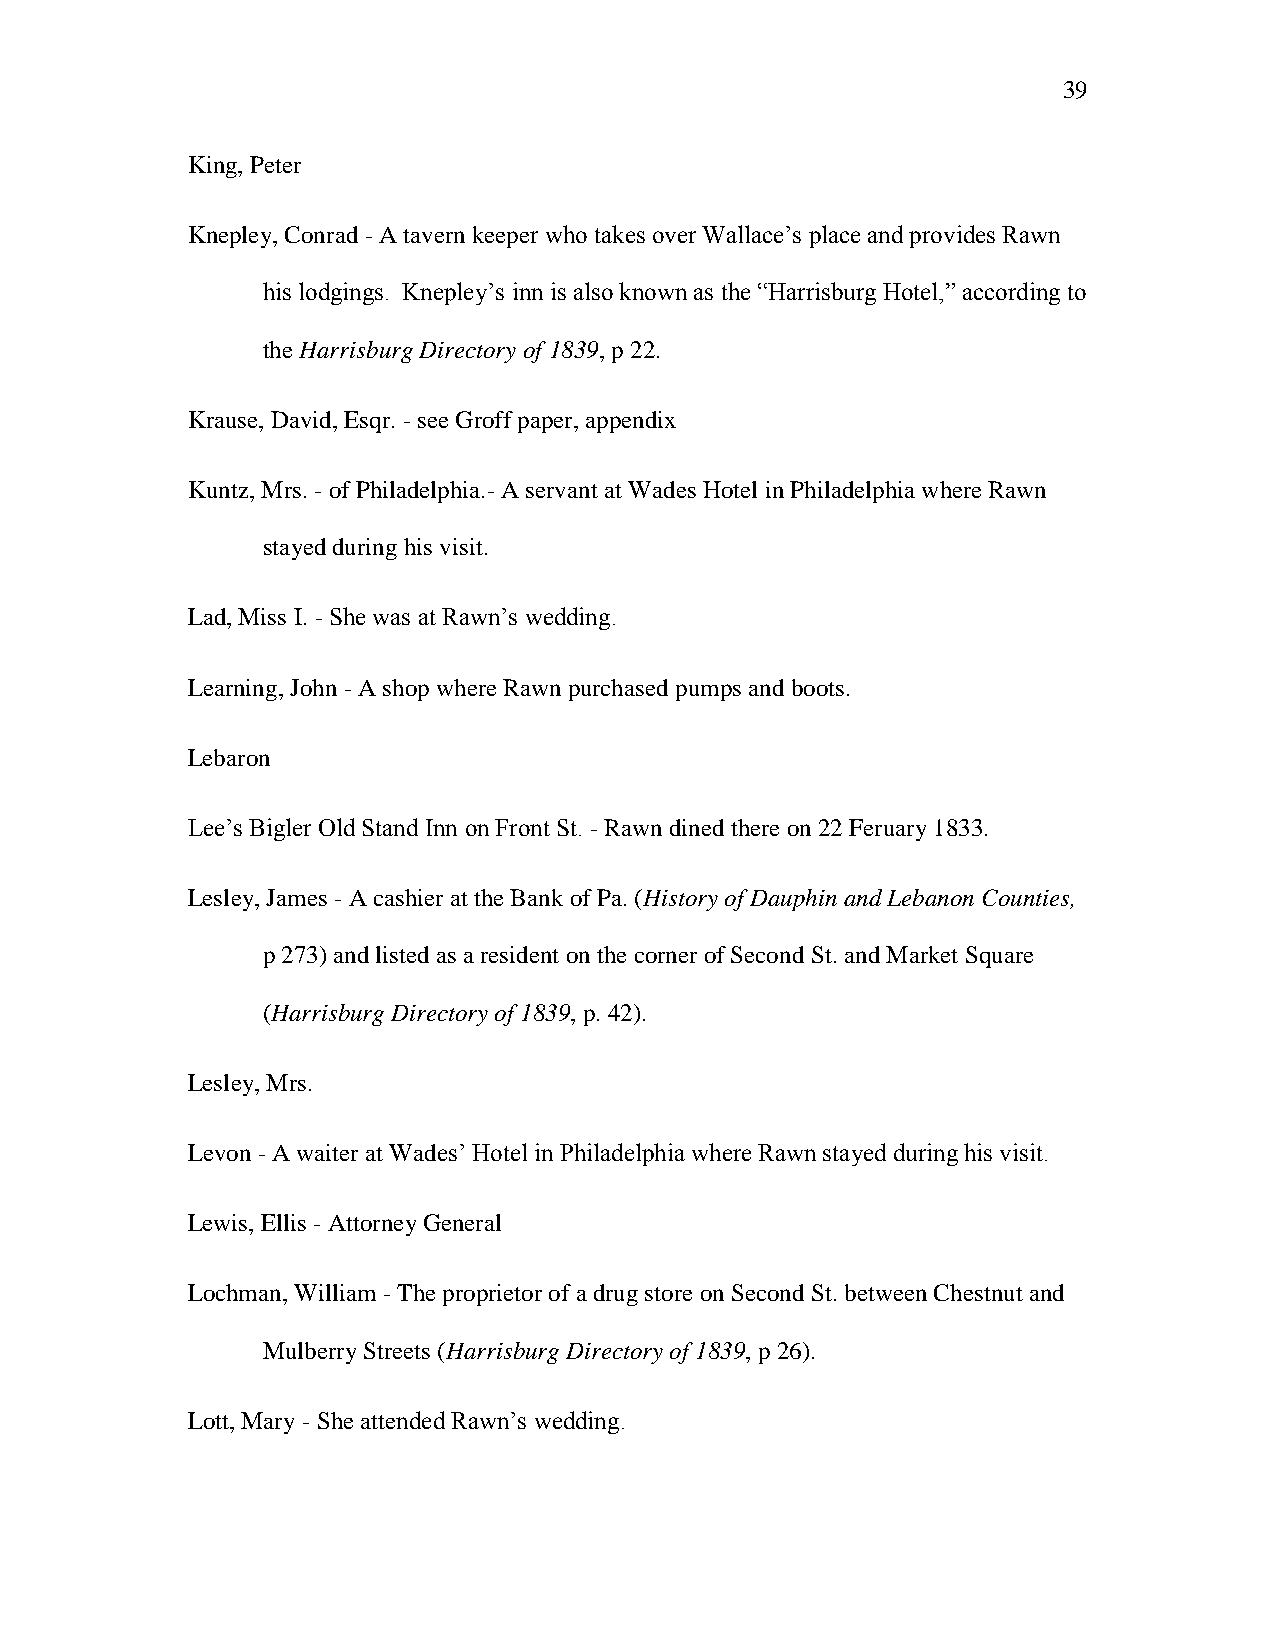
39
 King, Peter
 Knepley, Conrad - A tavern keeper who takes over Wallace‘s place and provides Rawn
 his lodgings. Knepley‘s inn is also known as the ―Harrisburg Hotel,‖ according to
 the Harrisburg Directory of 1839, p 22.
 Krause, David, Esqr. - see Groff paper, appendix
 Kuntz, Mrs. - of Philadelphia.- A servant at Wades Hotel in Philadelphia where Rawn
 stayed during his visit.
 Lad, Miss I. - She was at Rawn‘s wedding.
 Learning, John - A shop where Rawn purchased pumps and boots.
 Lebaron
 Lee‘s Bigler Old Stand Inn on Front St. - Rawn dined there on 22 Feruary 1833.
 Lesley, James - A cashier at the Bank of Pa. (History of Dauphin and Lebanon Counties,
 p 273) and listed as a resident on the corner of Second St. and Market Square
 (Harrisburg Directory of 1839, p. 42).
 Lesley, Mrs.
 Levon - A waiter at Wades‘ Hotel in Philadelphia where Rawn stayed during his visit.
 Lewis, Ellis - Attorney General
 Lochman, William - The proprietor of a drug store on Second St. between Chestnut and
 Mulberry Streets (Harrisburg Directory of 1839, p 26).
 Lott, Mary - She attended Rawn‘s wedding.